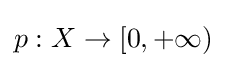
p:X\to [0,+\infty )